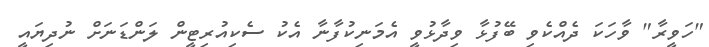
"ހަވީރާ" ވާހަކަ ދެއްކެވި ބޭފުޅާ ވިދާޅުވީ އެމަނިކުފާނާ އެކު ސެކިއުރިޓީން ލަންޑަނަށް ނުދިޔައީ